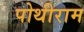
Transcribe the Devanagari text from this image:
पोथीराम